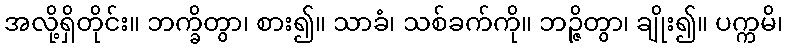
အလို့ရှိတိုင်း။ ဘက္ခိတွာ၊ စား၍။ သာခံ၊ သစ်ခက်ကို။ ဘဉ္ဇိတွာ၊ ချိုး၍။ ပက္ကမိ၊